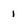
Character: I